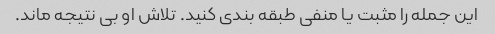
این جمله را مثبت یا منفی طبقه بندی کنید. تلاش او بی نتیجه ماند.